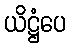
ယိဋ္ဌံပေ